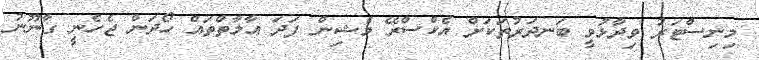
މިނިސްޓަރު ވިދާޅުވީ ބަނދަރުތަކަށް އެކްސްރޭ މެޝިން ފަދަ އާލާތްތައް ހޯދަން ޖެހެނީ ގާނޫނު